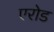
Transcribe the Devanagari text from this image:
एरोड